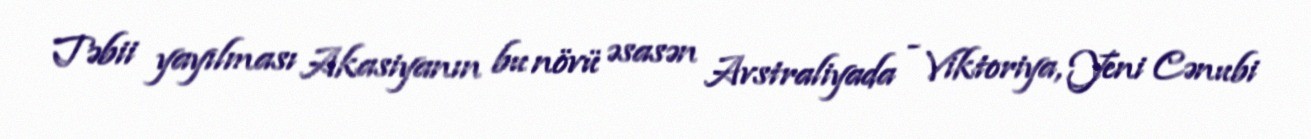
Təbii yayılması Akasiyanın bu növü əsasən Avstraliyada - Viktoriya, Yeni Cənubi